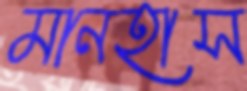
মানহাস